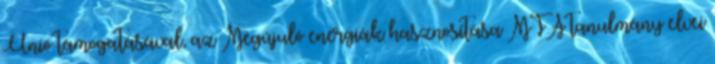
Unió támogatásával, az Megújuló energiák hasznosítása MTA tanulmány elvei